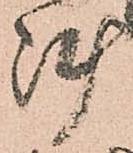
陣